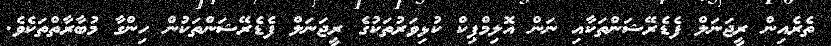
ތެރެއިން ރީޖަނަލް ފެޑެރޭޝަންތަކާއި ނަން އޮލިމްޕިކް ކުޅިވަރުތަކުގެ ރީޖަނަލް ފެޑެރޭޝަންތަކުން ހިންގާ މުބާރާތްތަކެވެ.